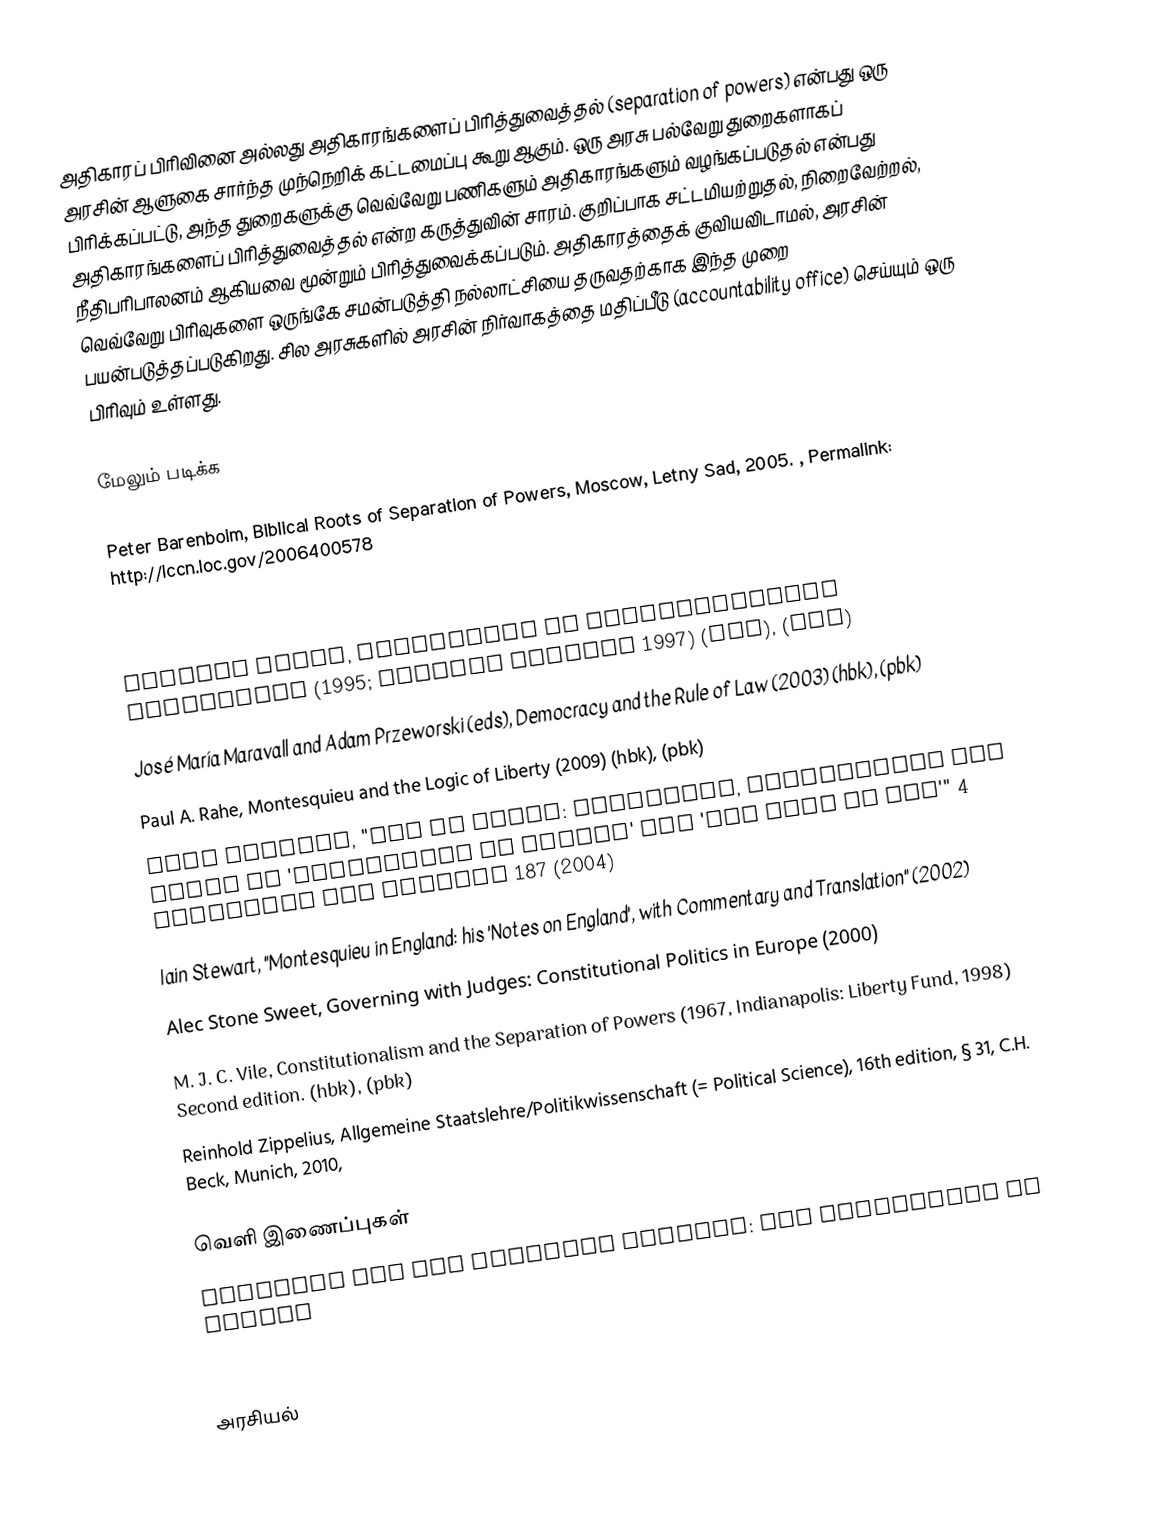
அதிகாரப் பிரிவினை அல்லது அதிகாரங்களைப் பிரித்துவைத்தல் (separation of powers) என்பது ஒரு அரசின் ஆளுகை சார்ந்த முந்நெறிக் கட்டமைப்பு கூறு ஆகும். ஒரு அரசு பல்வேறு துறைகளாகப் பிரிக்கப்பட்டு, அந்த துறைகளுக்கு வெவ்வேறு பணிகளும் அதிகாரங்களும் வழங்கப்படுதல் என்பது அதிகாரங்களைப் பிரித்துவைத்தல் என்ற கருத்துவின் சாரம். குறிப்பாக சட்டமியற்றுதல், நிறைவேற்றல், நீதிபரிபாலனம் ஆகியவை மூன்றும் பிரித்துவைக்கப்படும். அதிகாரத்தைக் குவியவிடாமல், அரசின் வெவ்வேறு பிரிவுகளை ஒருங்கே சமன்படுத்தி நல்லாட்சியை தருவதற்காக இந்த முறை பயன்படுத்தப்படுகிறது. சில அரசுகளில் அரசின் நிர்வாகத்தை மதிப்பீடு (accountability office) செய்யும் ஒரு பிரிவும் உள்ளது.

மேலும் படிக்க

 Peter Barenboim, Biblical Roots of Separation of Powers, Moscow, Letny Sad, 2005. , Permalink: http://lccn.loc.gov/2006400578
 Biancamaria Fontana (ed.), The Invention of the Modern Republic (2007)
 W. B. Gwyn, The Meaning of the Separation of Powers (1965) (no ISBN)
 Bernard Manin, Principles of Representative Government (1995; English version 1997)  (hbk),  (pbk)
 José María Maravall and Adam Przeworski (eds), Democracy and the Rule of Law (2003)  (hbk),  (pbk)
 Paul A. Rahe, Montesquieu and the Logic of Liberty  (2009)  (hbk),  (pbk)
  Iain Stewart, "Men of Class:  Aristotle, Montesquieu and Dicey on 'Separation of Powers' and 'the Rule of Law'"  4 Macquarie Law Journal 187 (2004)
 Iain Stewart, "Montesquieu in England: his 'Notes on England', with Commentary and Translation"  (2002)
 Alec Stone Sweet, Governing with Judges: Constitutional Politics in Europe (2000)
 M. J. C. Vile, Constitutionalism and the Separation of Powers (1967, Indianapolis: Liberty Fund, 1998) Second edition.  (hbk),  (pbk)
 Reinhold Zippelius, Allgemeine Staatslehre/Politikwissenschaft (= Political Science), 16th edition, § 31, C.H. Beck, Munich, 2010,

வெளி இணைப்புகள்
Polybius and the Founding Fathers: the separation of powers
Arbitrary Government Described and the Government of the Massachusetts Vindicated from that Aspersion (1644)

அரசியல்